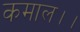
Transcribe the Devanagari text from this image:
कमाल।।